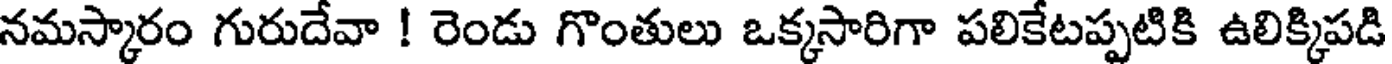
నమస్కారం గురుదేవా ! రెండు గొంతులు ఒక్కసారిగా పలికేటప్పటికి ఉలిక్కిపడి